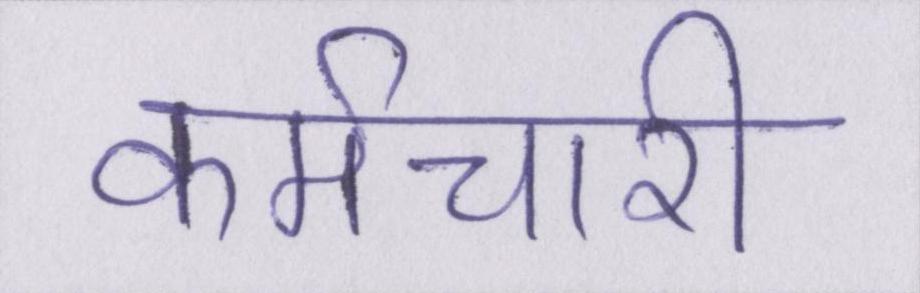
कर्मचारी